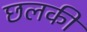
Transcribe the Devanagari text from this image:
छलकी